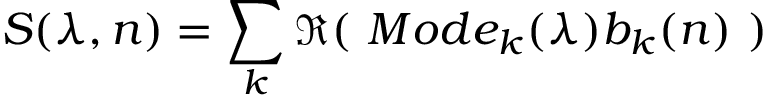
S ( \lambda , n ) = \sum _ { k } \Re ( ~ M o d e _ { k } ( \lambda ) b _ { k } ( n ) ~ )